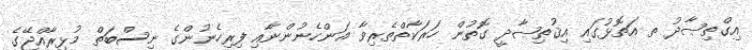
އިގްތިޞާދު ތ އަތޮޅުގައި އިޤުތިޞާދީ ގޮތުން ހަރަކާތްތެރިވާ އަންހެނުންނާއި ފިރިހެނުންގެ ނިސްބަތް މުޅިރާއްޖޭގެ